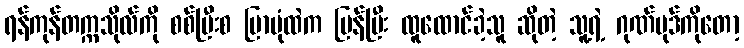
ရန်ကုန်တက္ကသိုလ်ကို စစ်ပြီးစ ပြာပုံထဲက ပြန်ပြီး ထူထောင်ခဲ့သူ ဆိုတဲ့ သူ့ရဲ့ ဂုဏ်ပုဒ်ကိုတော့